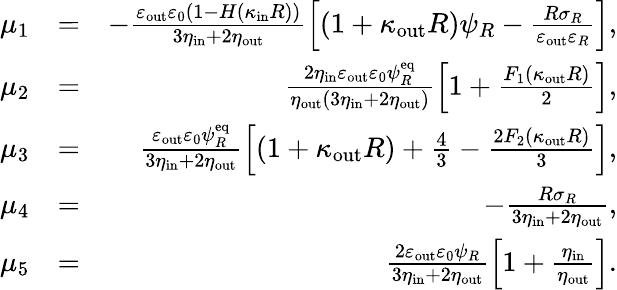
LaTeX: \begin{array}{rlr}{\mu_{1}}&{=}&{-\frac{\varepsilon_{\mathrm{out}}\varepsilon_{0}(1-H(\kappa_{\mathrm{in}}R))}{3\eta_{\mathrm{in}}+2\eta_{\mathrm{out}}}\left[(1+\kappa_{\mathrm{out}}R)\psi_{R}-\frac{R\sigma_{R}}{\varepsilon_{\mathrm{out}}\varepsilon_{R}}\right],}\\ {\mu_{2}}&{=}&{\frac{2\eta_{\mathrm{in}}\varepsilon_{\mathrm{out}}\varepsilon_{0}\psi_{R}^{\mathrm{eq}}}{\eta_{\mathrm{out}}(3\eta_{\mathrm{in}}+2\eta_{\mathrm{out}})}\left[1+\frac{F_{1}(\kappa_{\mathrm{out}}R)}{2}\right],}\\ {\mu_{3}}&{=}&{\frac{\varepsilon_{\mathrm{out}}\varepsilon_{0}\psi_{R}^{\mathrm{eq}}}{3\eta_{\mathrm{in}}+2\eta_{\mathrm{out}}}\left[(1+\kappa_{\mathrm{out}}R)+\frac{4}{3}-\frac{2F_{2}(\kappa_{\mathrm{out}}R)}{3}\right],}\\ {\mu_{4}}&{=}&{-\frac{R\sigma_{R}}{3\eta_{\mathrm{in}}+2\eta_{\mathrm{out}}},}\\ {\mu_{5}}&{=}&{\frac{2\varepsilon_{\mathrm{out}}\varepsilon_{0}\psi_{R}}{3\eta_{\mathrm{in}}+2\eta_{\mathrm{out}}}\left[1+\frac{\eta_{\mathrm{in}}}{\eta_{\mathrm{out}}}\right].}\end{array}